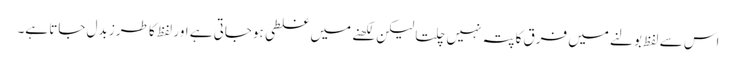
اس سے لفظ بولنے میں فرق کاپتہ نہیں چلتا لیکن لکھنے میں غلطی ہوجاتی ہے اور لفظ کا طرز بدل جاتا ہے۔